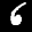
Label: 6